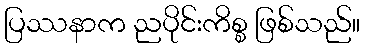
ပြဿနာက ညပိုင်းကိစ္စ ဖြစ်သည်။